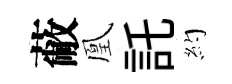
蔽凰託約